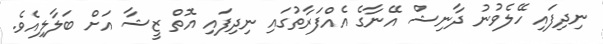
ނިދިފައި ހޭލެވުނު ދާނިޝް އޭނާގެ އެއްފަރާތުގައި ނިދިފައި އޮތް ޒީޝާ އަށް ބަލާލިއެވެ.